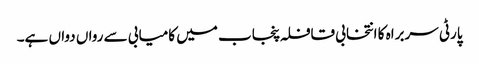
پارٹی سربراہ کا انتخابی قافلہ پنجاب میں کامیابی سے رواں دواں ہے۔